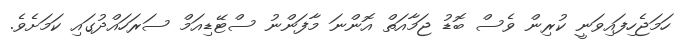
ހަމަޖެހިފައިވަނީ ކުރިން ވެސް ބޮޑު ޖަމާއަތް އޮންނަ މާފަންނު ސްޓޭޑިއަމް ސަރަހައްދުގައި ކަމަށެވެ.